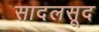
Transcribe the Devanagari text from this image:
सादलसूद